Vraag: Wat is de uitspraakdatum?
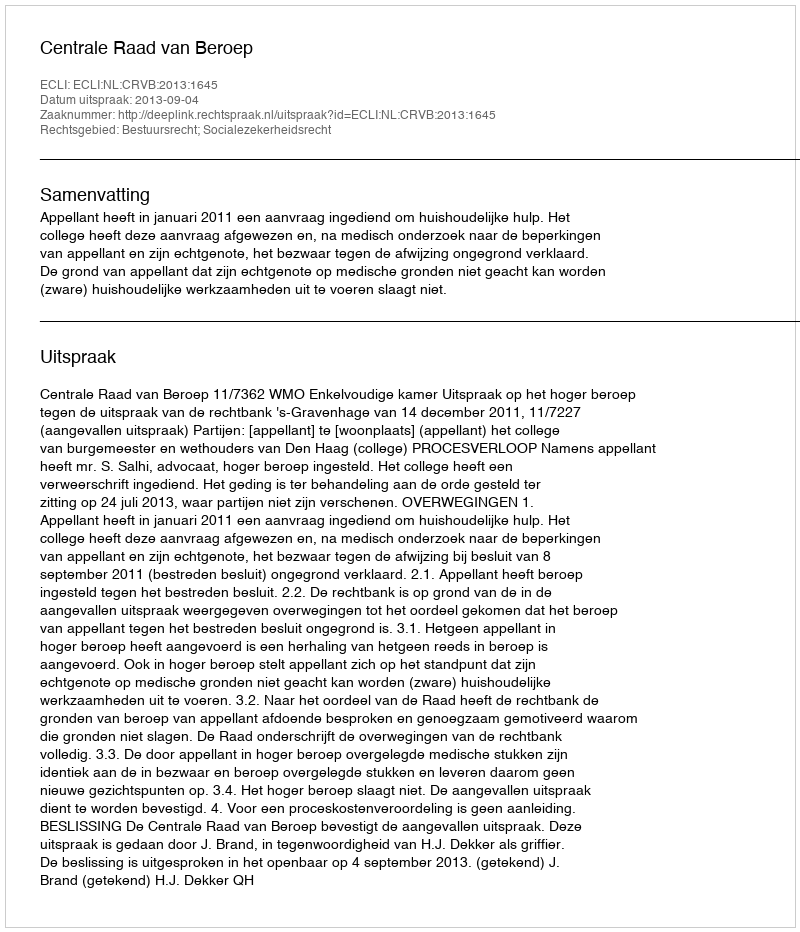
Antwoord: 2013-09-04